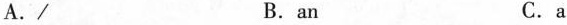
A./ B. an C.a